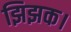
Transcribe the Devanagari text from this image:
झिझक।